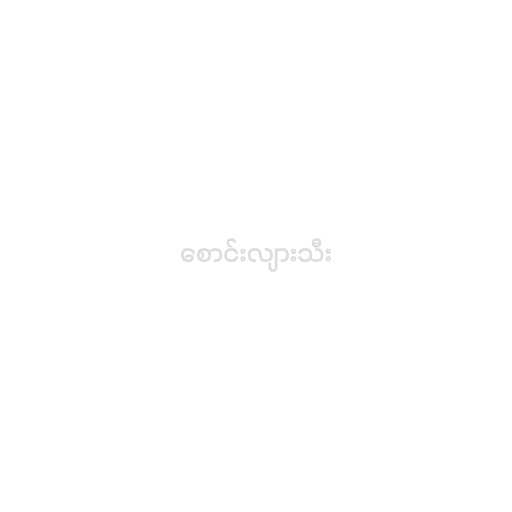
စောင်းလျားသီး